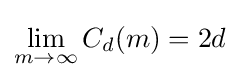
\lim _{m\to \infty }C_{d}(m)=2d